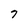
Character: 7